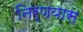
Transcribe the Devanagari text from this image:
निर्णयास